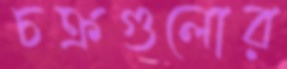
চক্রগুলোর